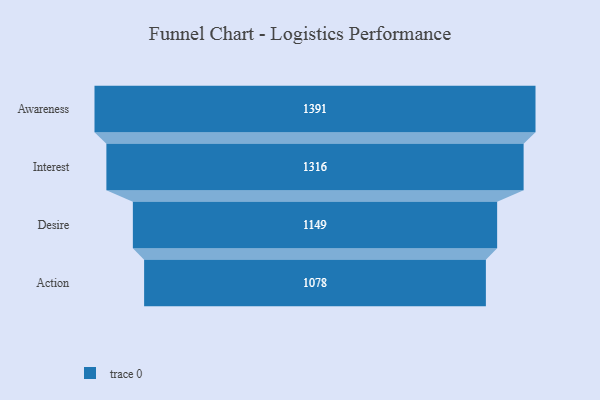
{"axis": {"x": "Stage", "y": "Value"}, "legend": [""], "data": [{"x": "Awareness", "y": 1391.0, "type": ""}, {"x": "Interest", "y": 1316.0, "type": ""}, {"x": "Desire", "y": 1149.0, "type": ""}, {"x": "Action", "y": 1078.0, "type": ""}]}